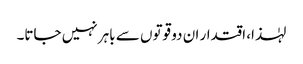
لہٰذا، اقتدار ان دو قوتوں سے باہر نہیں جاتا۔